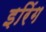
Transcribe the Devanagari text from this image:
इरिंग